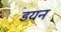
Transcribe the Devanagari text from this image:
डयन